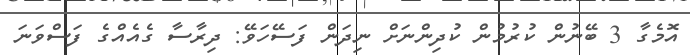
އޮމެގާ 3 ބޭނުން ކުރުމުން ކުދިންނަށް ނިދަން ފަސޭހަވޭ: ދިރާސާ ގެއެއްގެ ފަސްވަނަ